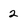
Character: 2